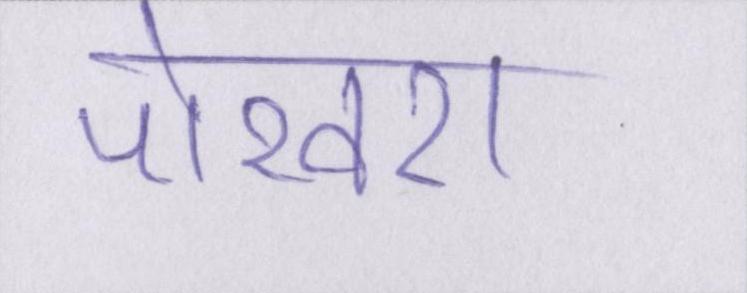
पोखरा